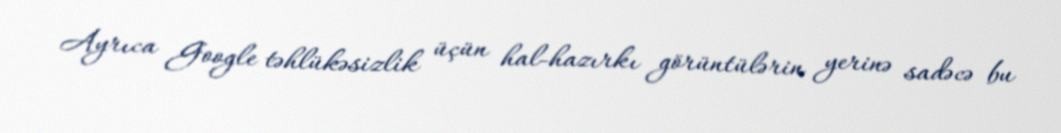
Ayrıca Google təhlükəsizlik üçün hal-hazırkı görüntülərin yerinə sadəcə bu